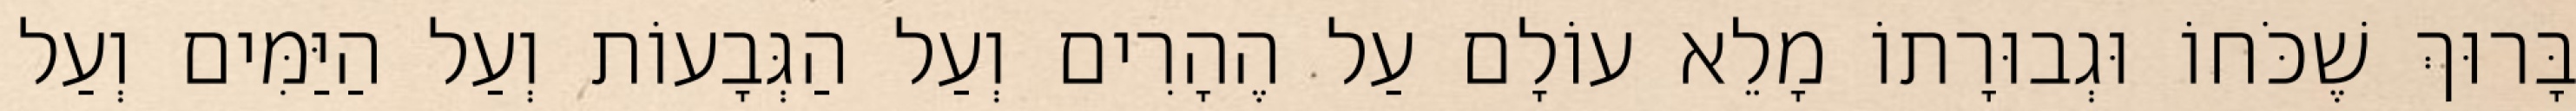
בָּרוּךְ שֶׁכֹּחוֹ וּגְבוּרָתוֹ מָלֵא עוֹלָם עַל הֶהָרִים וְעַל הַגְּבָעוֹת וְעַל הַיַּמִּים וְעַל